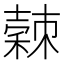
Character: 𥢉